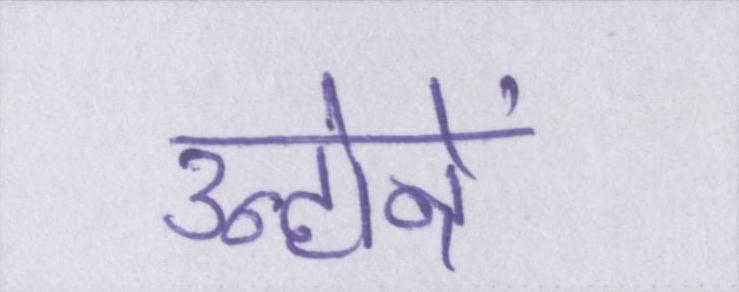
उन्होनें